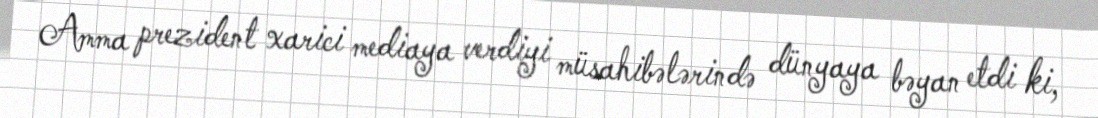
Amma prezident xarici mediaya verdiyi müsahibələrində dünyaya bəyan etdi ki,